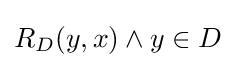
R_{D}(y,x)\land y\in D